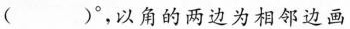
( )°，以角的两边为相邻边画